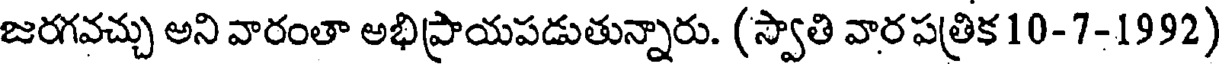
జరగవచ్చు అని వారంతా అభిప్రాయపడుతున్నారు. (స్వాతి వార పత్రిక 10-7-1992)